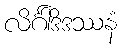
လိင်္ဂါဒိဒဿနံ